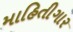
માહિતીગાર